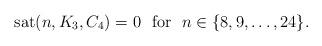
LaTeX: \begin{align*}\textup{sat}(n , K_3 , C_4) = 0 ~~ \mbox{for}~~ n \in \{8, 9 , \dots , 24 \}.\end{align*}